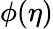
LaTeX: \phi(\eta)